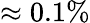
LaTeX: \approx 0.1\%